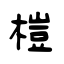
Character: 榿